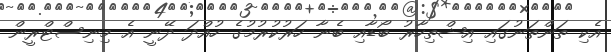
އެކި ތަންތަނުގައި އިޝްތިހާރު ބޯޑާއި ބެނާ ހަރުކުރުމުގެ ހުއްދަ ދޭނީ އެ މިނިސްޓްރީން